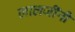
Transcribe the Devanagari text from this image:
लालजींनी